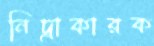
নিদ্রাকারক